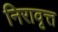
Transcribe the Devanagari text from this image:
निरावृत्त